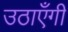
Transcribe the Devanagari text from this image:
उठाएँगी